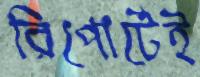
রিপোর্টেই